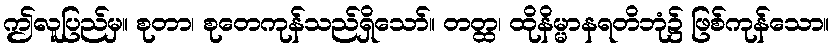
ဤလူပြည်မှ။ စုတာ၊ စုတေကုန်သည်ရှိသော်။ တတ္ထ၊ ထိုနိမ္မာနရတိဘုံ၌ ဖြစ်ကုန်သော။